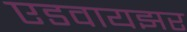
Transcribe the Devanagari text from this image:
एडवायझर